Rae_vallavalitsus, lk 95
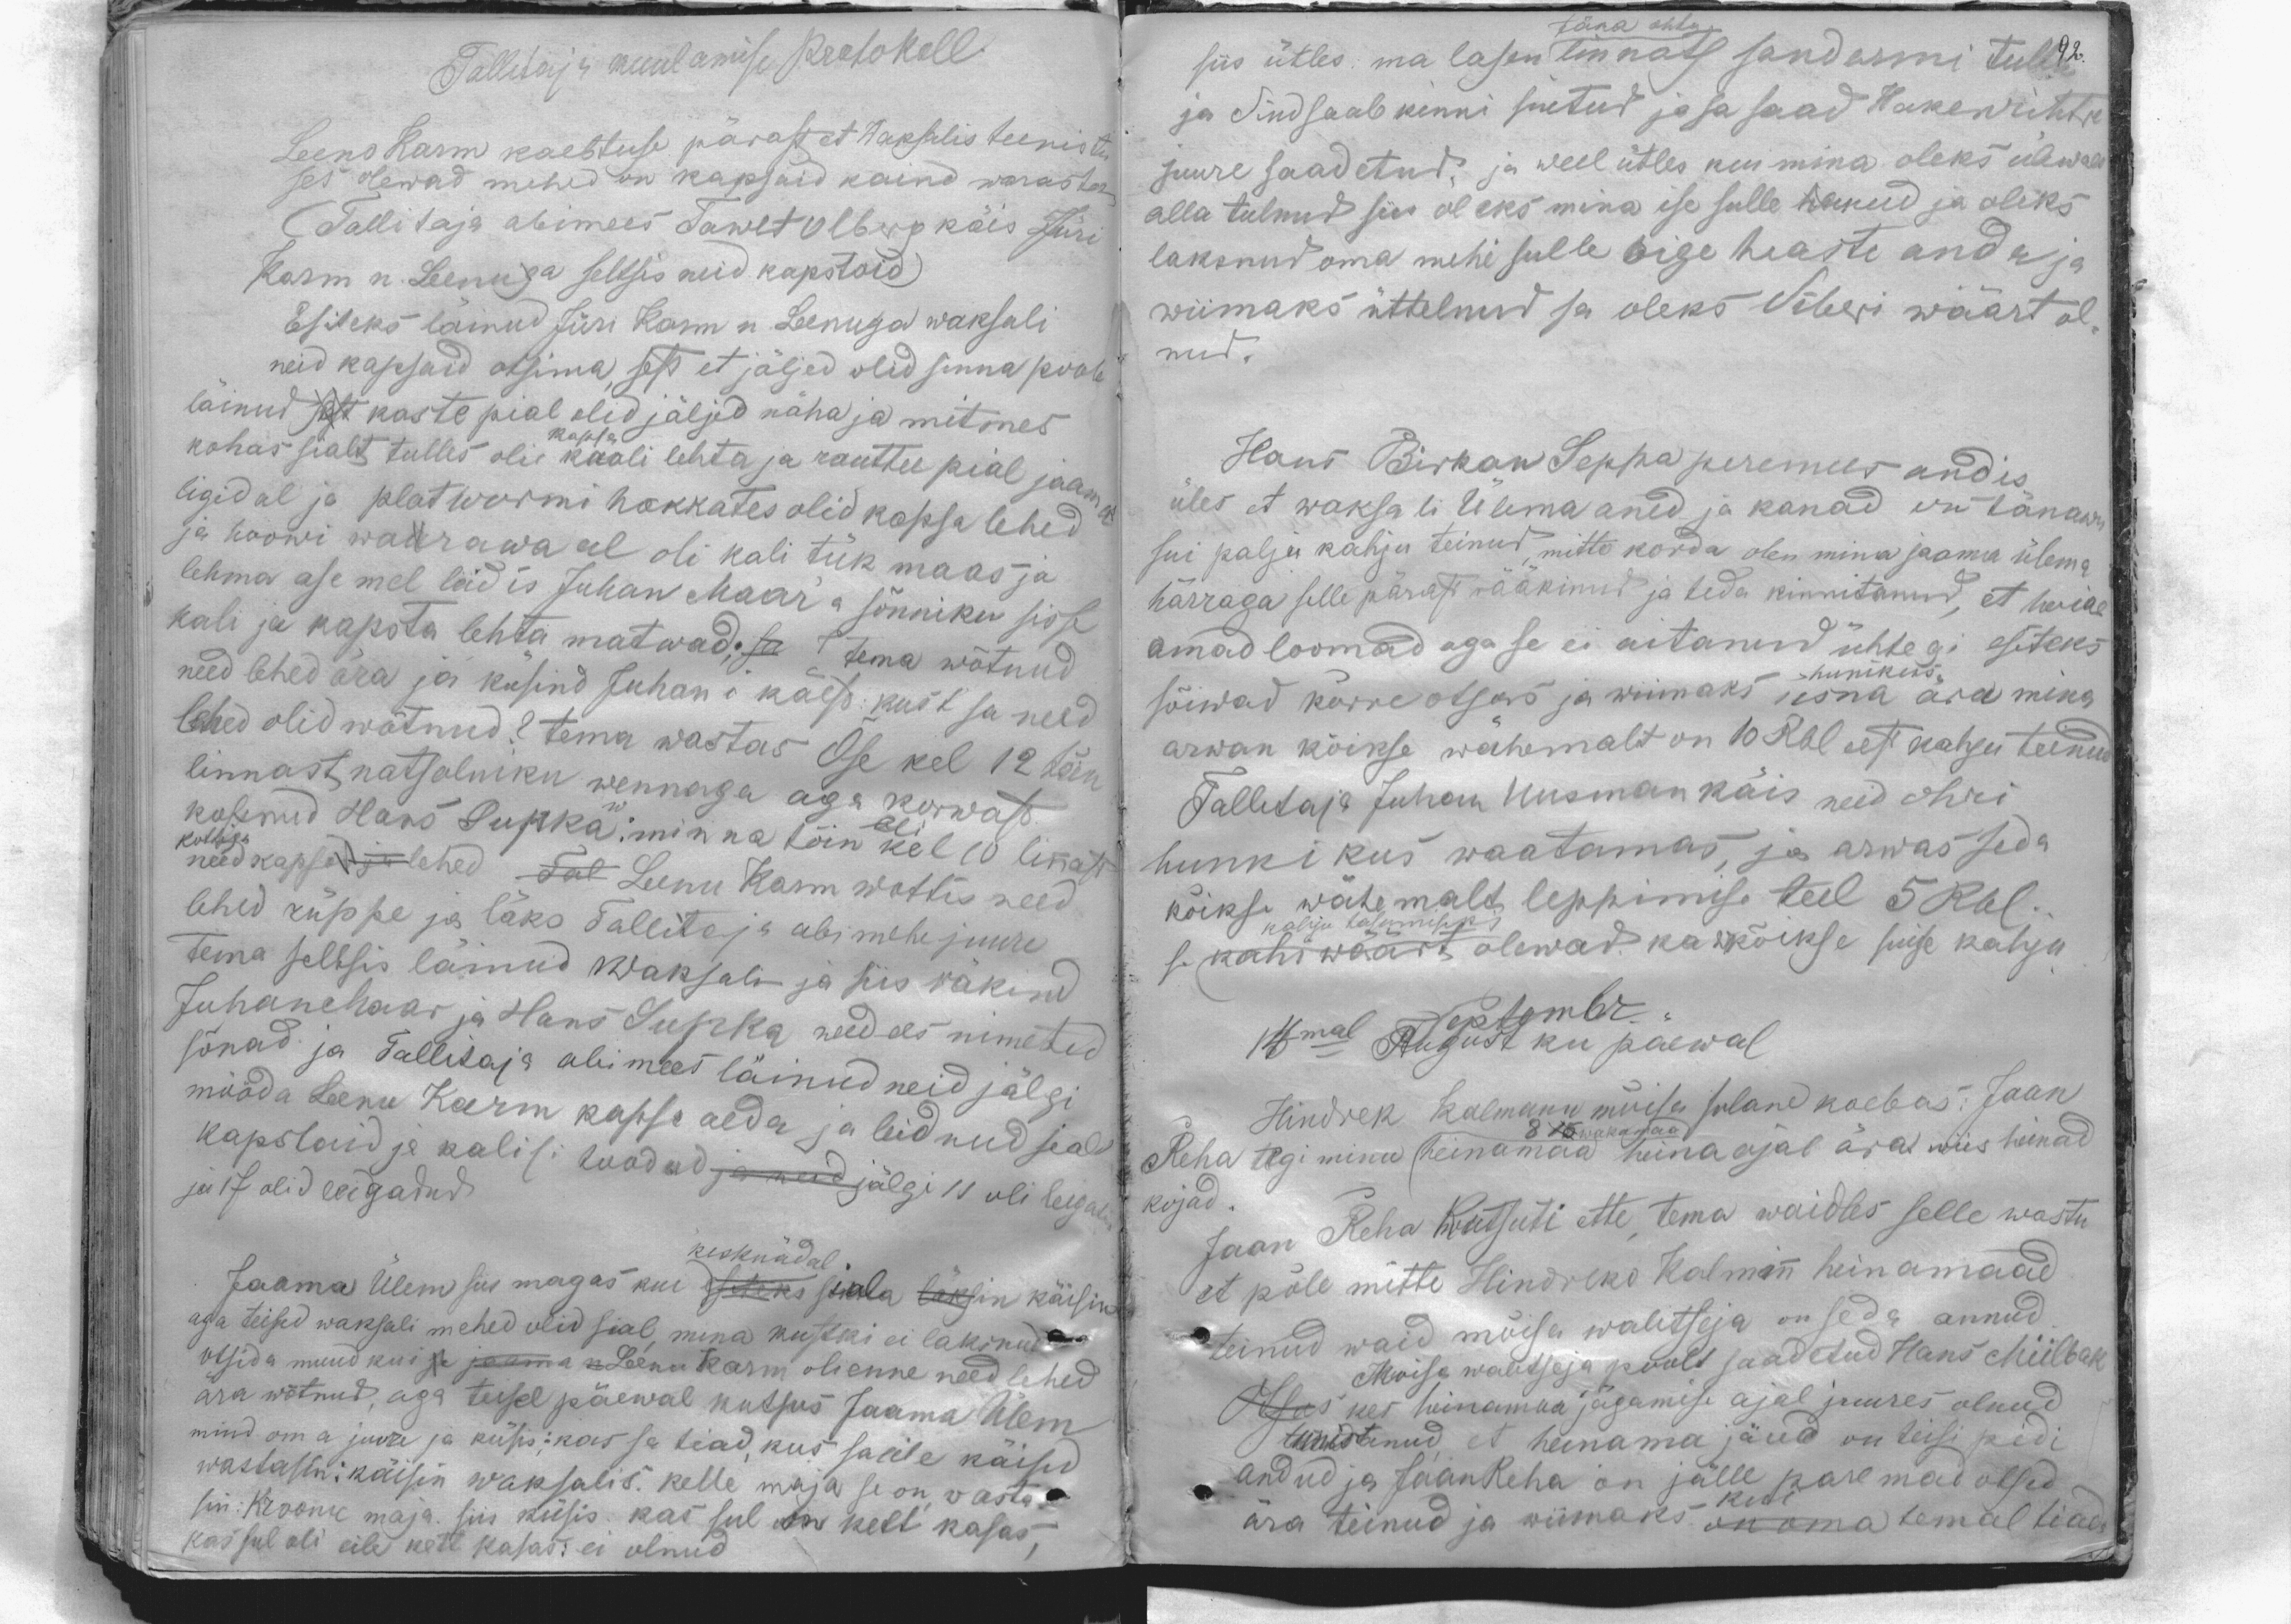
Tallitaja kuulamise Protokoll
Leeno Karm kaebtuse pärast et Waksalis teenistu
ses olewad mehed on kapsaid kaind warastamas
(Tallitaja abimees Tawet Olberg käis Jüri
Karm n. Leenuga seltsis neid kapstaid)
Esiteks läinud Jüri Karm n Leenuga waksali
neid kapsaid otsima, sest et jäljed olid sinna poole
läinud sest kaste pial olid jäljed näha ja mitmes
kohas sialt tulles oli kaali lehta ja rauttee pial jaama
kapsa
ligidal ja platwormi hakkates olid kapsa lehed
ja hoowi waarawa eel oli kali tük maas ja
lehma asemel leidis Juhan Maar´a sõnniku sisse
kali ja kapsta lehta matwad; sa tema wõtnud
need lehed ära ja küsind Juhani käest: kust sa need
lehed olid wõtnud? tema wastas Õse kel 12 tõin
linnast natsalniku wennaga aga korwast
kolenud Hans Supka: minna tõin oli kell 10 linnast
kottiga
need kapsa-lehed. Tal Leenu Karm wottis need
lehed rüppe ja läks Tallitaja abimehe juure
tema seltsis läinud Waksali ja siis räkind
JuhanMaar ja Hans Supka need ees nimetud
sõnad ja Tallitaja abimees läinud neid jälgi
mööda Leenu Karm kapsa aeda ja leidnud seald
kapstaid ja kalisi toodud ja neid jälgi 11 oli leigatud
ja 17 olid leigadud
kesknädal
Jaama Ülem siis magas kui esiteks siula läksin käisin
aga teised waksali mehed olid sial, mina kustki ei laksnud
otsida muud kui se jaama n Leenu Karm oli enne need lehed
ära wõtnud, aga teisel päewal kutsus Jaama Ülem
mind oma juure ja küsis: kas sa tiad, kus sa eile käisid
wastasin: käisin waksalis. kelle maja se on, vasta-
sin: Kroonu maja. siis küsis: kas sul on kett kasas,
Kas sul oli eile kett kasas: ei olnud

täna ohtu
siis ütles: ma lasen linnast sandarmi tulla 92.
ja Sind saab kinni siutud ja sa saad Hakenrihtre
juure saadetud, ja weel ütles kui mina oleks ülewalt
alla tulnud siis oleks mina ise sulle teinud ja oleks
laksnud oma mehi sulle oige heaste anda ja
wiimaks üttelnud sa oleks Siberi wäärt ol-
nud.
Hans Birkan Seppa peremees andis
üles et waksali Ülema aned ja kanad on tänawu
sui palju kahju teinud, mitto korda olen mina jaama ülema
härraga selle pärast rääkinud ja teda kinnitanud, et hoiab
omad loomad aga se ei aitanud ühtegi esiteks
hunikus
sõiwad kõrre otsas ja wiimaks üsna ära mina
arwan kõikse wähemalt on 10 Rbl eest kahju teinud
Tallitaja Juhan Uusman käis neid ohri
hunnikus waatamas, ja arwas seda
kõikse wähemalt leppimise teel 5 Rbl.
kahju tasumiseks
se kahi wäärt olewad. ka kõikse suise kahju
Septembr.
14mal August ku päewal
Hindrek Kalmann mõisa sulane kaebas: Jaan
Reha tegi minu heinamaa heina ajal ära wiis heinad
8 15 wakamaad
kojad.
Jaan Reha kutsuti ette, tema waidles selle wastu
et põle mitte Hindreko Kalmann heinamaad
teinud waid mõisa walitseja on seda annud.
Moisa walitseja poolt saadetud Hans Miilbak
Otsus kes heinamaa jägamise ajal juures olnud
tunistanud, et heinamua jäud on teisi pidi
andud ja Jaan Reha on jälle paremad otsed
ära teinud ja wiimaks on oma temal tiada
kui